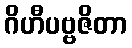
ဂိဟီပဗ္ဗဇိတာ